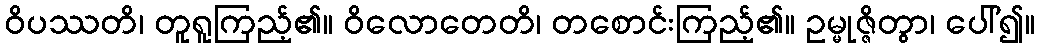
ဝိပဿတိ၊ တူရူကြည့်၏။ ဝိလောတေတိ၊ တစောင်းကြည့်၏။ ဥမ္မုဇ္ဇိတွာ၊ ပေါ်၍။